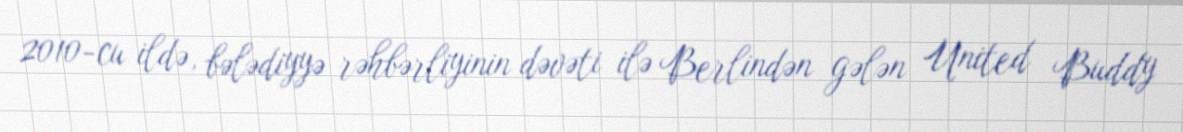
2010-cu ildə, bələdiyyə rəhbərliyinin dəvəti ilə Berlindən gələn United Buddy